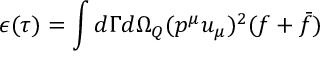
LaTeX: \epsilon ( \tau ) = \int d \Gamma d { \Omega } _ { Q } ( p ^ { \mu } u _ { \mu } ) ^ { 2 } ( f + \bar { f } )